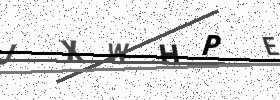
Text: JXWHPE